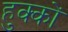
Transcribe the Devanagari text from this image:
हुक्‍कों